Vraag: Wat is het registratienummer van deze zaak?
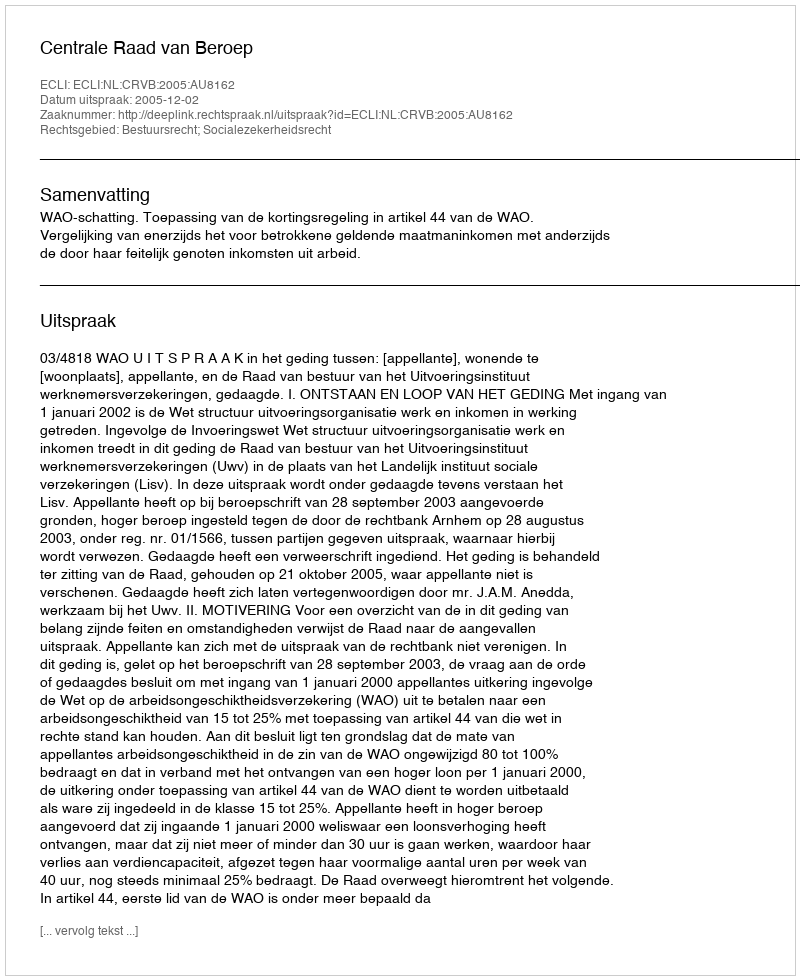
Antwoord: http://deeplink.rechtspraak.nl/uitspraak?id=ECLI:NL:CRVB:2005:AU8162